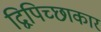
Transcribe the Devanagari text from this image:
द्विपिच्छाकार